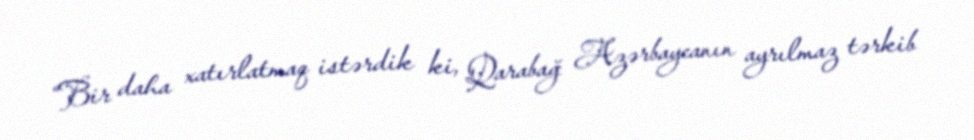
“Bir daha xatırlatmaq istərdik ki, Qarabağ Azərbaycanın ayrılmaz tərkib